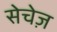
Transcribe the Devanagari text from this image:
सेचेज़